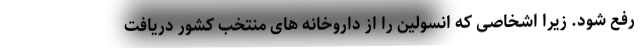
رفع شود. زیرا اشخاصی که انسولین را از داروخانه های منتخب کشور دریافت